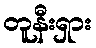
တူနီးရှား